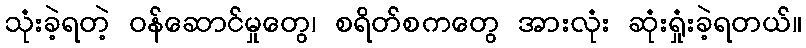
သုံးခဲ့ရတဲ့ ဝန်ဆောင်မှုတွေ၊ စရိတ်စကတွေ အားလုံး ဆုံးရှုံးခဲ့ရတယ်။